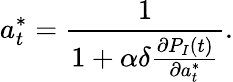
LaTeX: a_{t}^{*}=\frac{1}{1+\alpha\delta\frac{\partial P_{I}(t)}{\partial a_{t}^{*}}}.